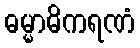
ဓမ္မာဓိကရဏံ